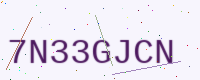
Text: 7N33GJCN